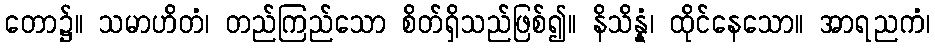
တော၌။ သမာဟိတံ၊ တည်ကြည်သော စိတ်ရှိသည်ဖြစ်၍။ နိသိန္နံ၊ ထိုင်နေသော။ အာရညကံ၊